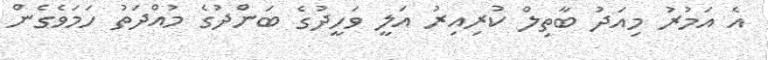
އެ އަމުރު މިއަދު ބާތިލް ކުރިއިރު އަލީ ވަހީދުގެ ބަންދުގެ މުއްދަތު ހަމަވެގެން